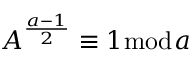
A ^ { \frac { a - 1 } { 2 } } \equiv 1 { \bmod { a } }